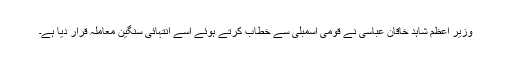
وزیر اعظم شاہد خاقان عباسی نے قومی اسمبلی سے خطاب کرتے ہوئے اسے انتہائی سنگین معاملہ قرار دیا ہے۔